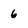
Character: 6